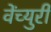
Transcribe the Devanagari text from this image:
वेंच्युरी